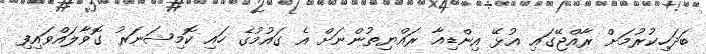
ބަދަހިކުރުމަށް ރާއްޖޭގައި އުޅޭ އިންޑިއާ ރައްޔިތުންނަށް އެ ގައުމުގެ ހައި ކޮމިޝަނަރު ގޮވާލައްވައިފި